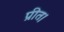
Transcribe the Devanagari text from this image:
प्रीत।